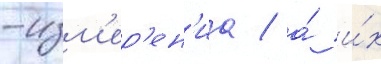
-изм'ер'ен'иа / а́ и́х